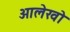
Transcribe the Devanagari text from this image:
आलेखो